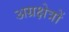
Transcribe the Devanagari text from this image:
अग्रक्षेत्रों